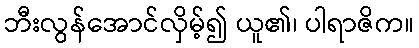
ဘီးလွန်အောင်လှိမ့်၍ ယူ၏၊ ပါရာဇိက။